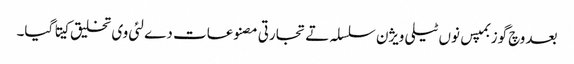
بعد وچ گوزبمپس نو‏‏ں ٹیلی ویژن سلسلہ تے تجارتی مصنوعات دے لئی وی تخلیق کیتا گیا۔